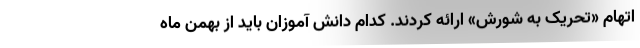
اتهام «تحریک به شورش» ارائه کردند. کدام دانش آموزان باید از بهمن ماه